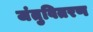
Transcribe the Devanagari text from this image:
जंतुवितरण